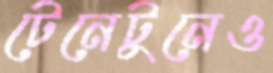
টেনেটুনেও